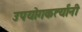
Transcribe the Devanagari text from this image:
उपयोगकर्त्यांनी